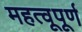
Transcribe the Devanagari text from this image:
महत्वूपूर्ण